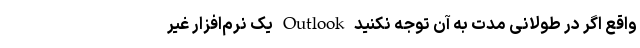
واقع اگر در طولانی مدت به آن توجه نکنید Outlook یک نرم‌­افزار غیر